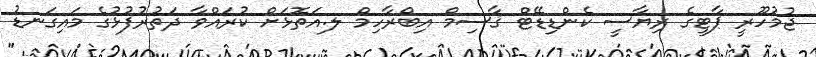
ޖުމުހޫރީ ޕާޓީގެ ރިޔާސީ ކެންޑިޑޭޓް ޤާސިމް އިބްރާހިމް ލ.އަތޮޅަށް ކުރައްވާ ދަތުރުފުޅުގެ މައިގަނޑު